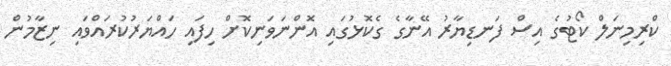
ކްރިމިނަލް ކޯޓުގެ އިސް ފަނޑިޔާރު އޭނާގެ ގެކޮޅުގައި އޮންނަވަނިކޮށް ހިފައި ހައްޔަރުކުރައްވައި ނިޒާމުން